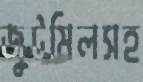
জুটমিলসহ